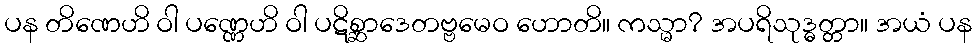
ပန တိဏေဟိ ဝါ ပဏ္ဏေဟိ ဝါ ပဋိစ္ဆာဒေတဗ္ဗမေဝ ဟောတိ။ ကသ္မာ? အပရိသုဒ္ဓတ္တာ။ အယံ ပန